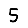
Digit: 5